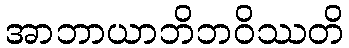
အာဘာယာဘိဘဝိဿတိ